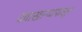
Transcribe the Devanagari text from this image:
दवाखान्यापासून